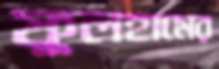
ফুলহামের